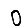
Digit: 0